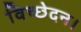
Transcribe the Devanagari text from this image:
विच्छेदन।